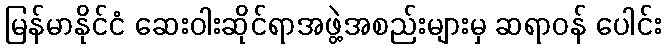
မြန်မာနိုင်ငံ ဆေးဝါးဆိုင်ရာအဖွဲ့အစည်းများမှ ဆရာဝန် ပေါင်း